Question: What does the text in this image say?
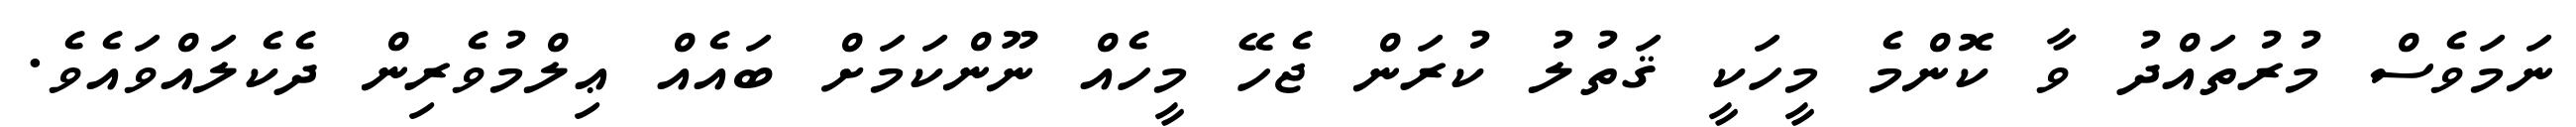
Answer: ނަމަވެސް މުރުތައްދު ވާ ކޮންމެ މީހަކީ ޤަތުލު ކުރަން ޖެހޭ މީހެއް ނޫންކަމަށް ބައެއް ޢިލްމުވެރިން ދެކެލައްވައެވެ.